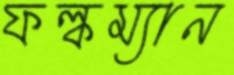
ফল্কম্যান